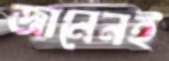
জানেনই